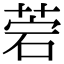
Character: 菪